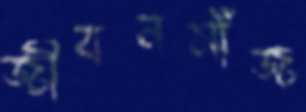
জীবনসাঁজ